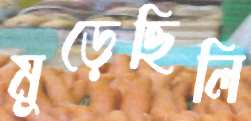
মুড়েছিলি